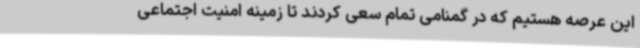
این عرصه هستیم که در گمنامی تمام سعی کردند تا زمینه امنیت اجتماعی